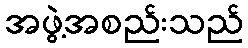
အဖွဲ့အစည်းသည်